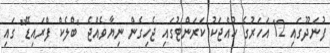
ފުނަދޫގައި 12 އަހަރުގެ ކުއްޖަކު ކަރަންޓުގައި ޖެހިގެން ނިޔާވެއްޖެ "ބްލެކް ފްރައިޑޭ" ގައި